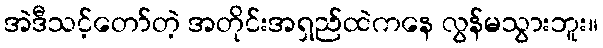
အဲဒီသင့်တော်တဲ့ အတိုင်းအရှည်ထဲကနေ လွန်မသွားဘူး။